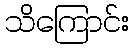
သိကြောင်း